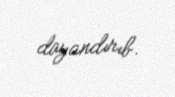
dayandırıb.